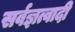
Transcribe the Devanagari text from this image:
सर्वज्ञत्वादी